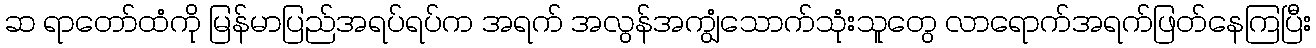
ဆ ရာတော်ထံကို မြန်မာပြည်အရပ်ရပ်က အရက် အလွန်အကျွံသောက်သုံးသူတွေ လာရောက်အရက်ဖြတ်နေကြပြီး